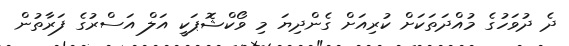
ދެ ދުވަހުގެ މުއްދަތަކަށް ކުރިއަށް ގެންދިޔަ މި ވޯކްޝޮޕަކީ އަލް އަސްރުގެ ފަރާތުން